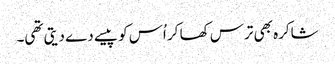
شاکرہ بھی ترس کھا کر اُس کو پیسے دے دیتی تھی۔